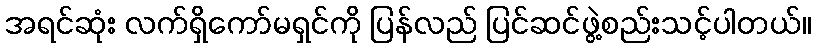
အရင်ဆုံး လက်ရှိကော်မရှင်ကို ပြန်လည် ပြင်ဆင်ဖွဲ့စည်းသင့်ပါတယ်။